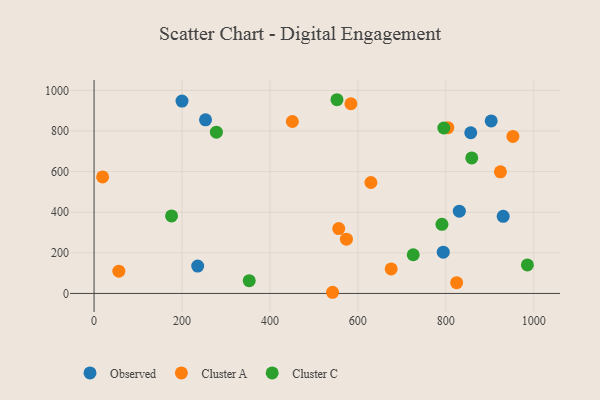
{"axis": {"x": "Experience", "y": "Salary"}, "legend": ["Cluster A", "Cluster C", "Observed"], "data": [{"x": "830.7", "y": 405.0, "type": "Observed"}, {"x": "200.0", "y": 947.2, "type": "Observed"}, {"x": "856.7", "y": 791.3, "type": "Observed"}, {"x": "903.2", "y": 849.3, "type": "Observed"}, {"x": "794.2", "y": 203.0, "type": "Observed"}, {"x": "930.5", "y": 379.6, "type": "Observed"}, {"x": "235.7", "y": 135.0, "type": "Observed"}, {"x": "253.5", "y": 854.7, "type": "Observed"}, {"x": "629.6", "y": 546.3, "type": "Cluster A"}, {"x": "804.6", "y": 816.3, "type": "Cluster A"}, {"x": "675.7", "y": 120.9, "type": "Cluster A"}, {"x": "56.4", "y": 109.7, "type": "Cluster A"}, {"x": "542.4", "y": 5.8, "type": "Cluster A"}, {"x": "556.5", "y": 319.6, "type": "Cluster A"}, {"x": "824.6", "y": 53.3, "type": "Cluster A"}, {"x": "574.0", "y": 267.4, "type": "Cluster A"}, {"x": "451.0", "y": 846.6, "type": "Cluster A"}, {"x": "19.5", "y": 573.8, "type": "Cluster A"}, {"x": "952.6", "y": 773.2, "type": "Cluster A"}, {"x": "584.1", "y": 934.0, "type": "Cluster A"}, {"x": "924.2", "y": 599.0, "type": "Cluster A"}, {"x": "725.9", "y": 190.5, "type": "Cluster C"}, {"x": "176.3", "y": 381.8, "type": "Cluster C"}, {"x": "985.5", "y": 140.6, "type": "Cluster C"}, {"x": "791.2", "y": 340.3, "type": "Cluster C"}, {"x": "352.9", "y": 62.8, "type": "Cluster C"}, {"x": "278.2", "y": 794.1, "type": "Cluster C"}, {"x": "859.0", "y": 667.3, "type": "Cluster C"}, {"x": "795.5", "y": 814.7, "type": "Cluster C"}, {"x": "552.5", "y": 953.8, "type": "Cluster C"}]}